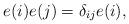
LaTeX: \begin{align*}e(i)e(j)=\delta_{ij}e(i),\end{align*}